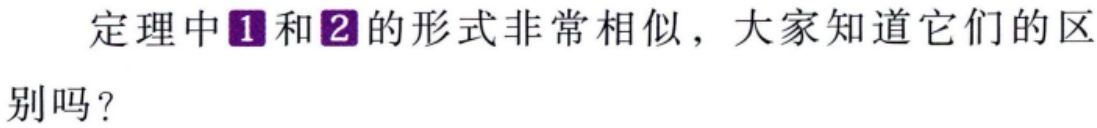
定理中\(1\)和\(2\)的形式非常相似，大家知道它们的区别吗？